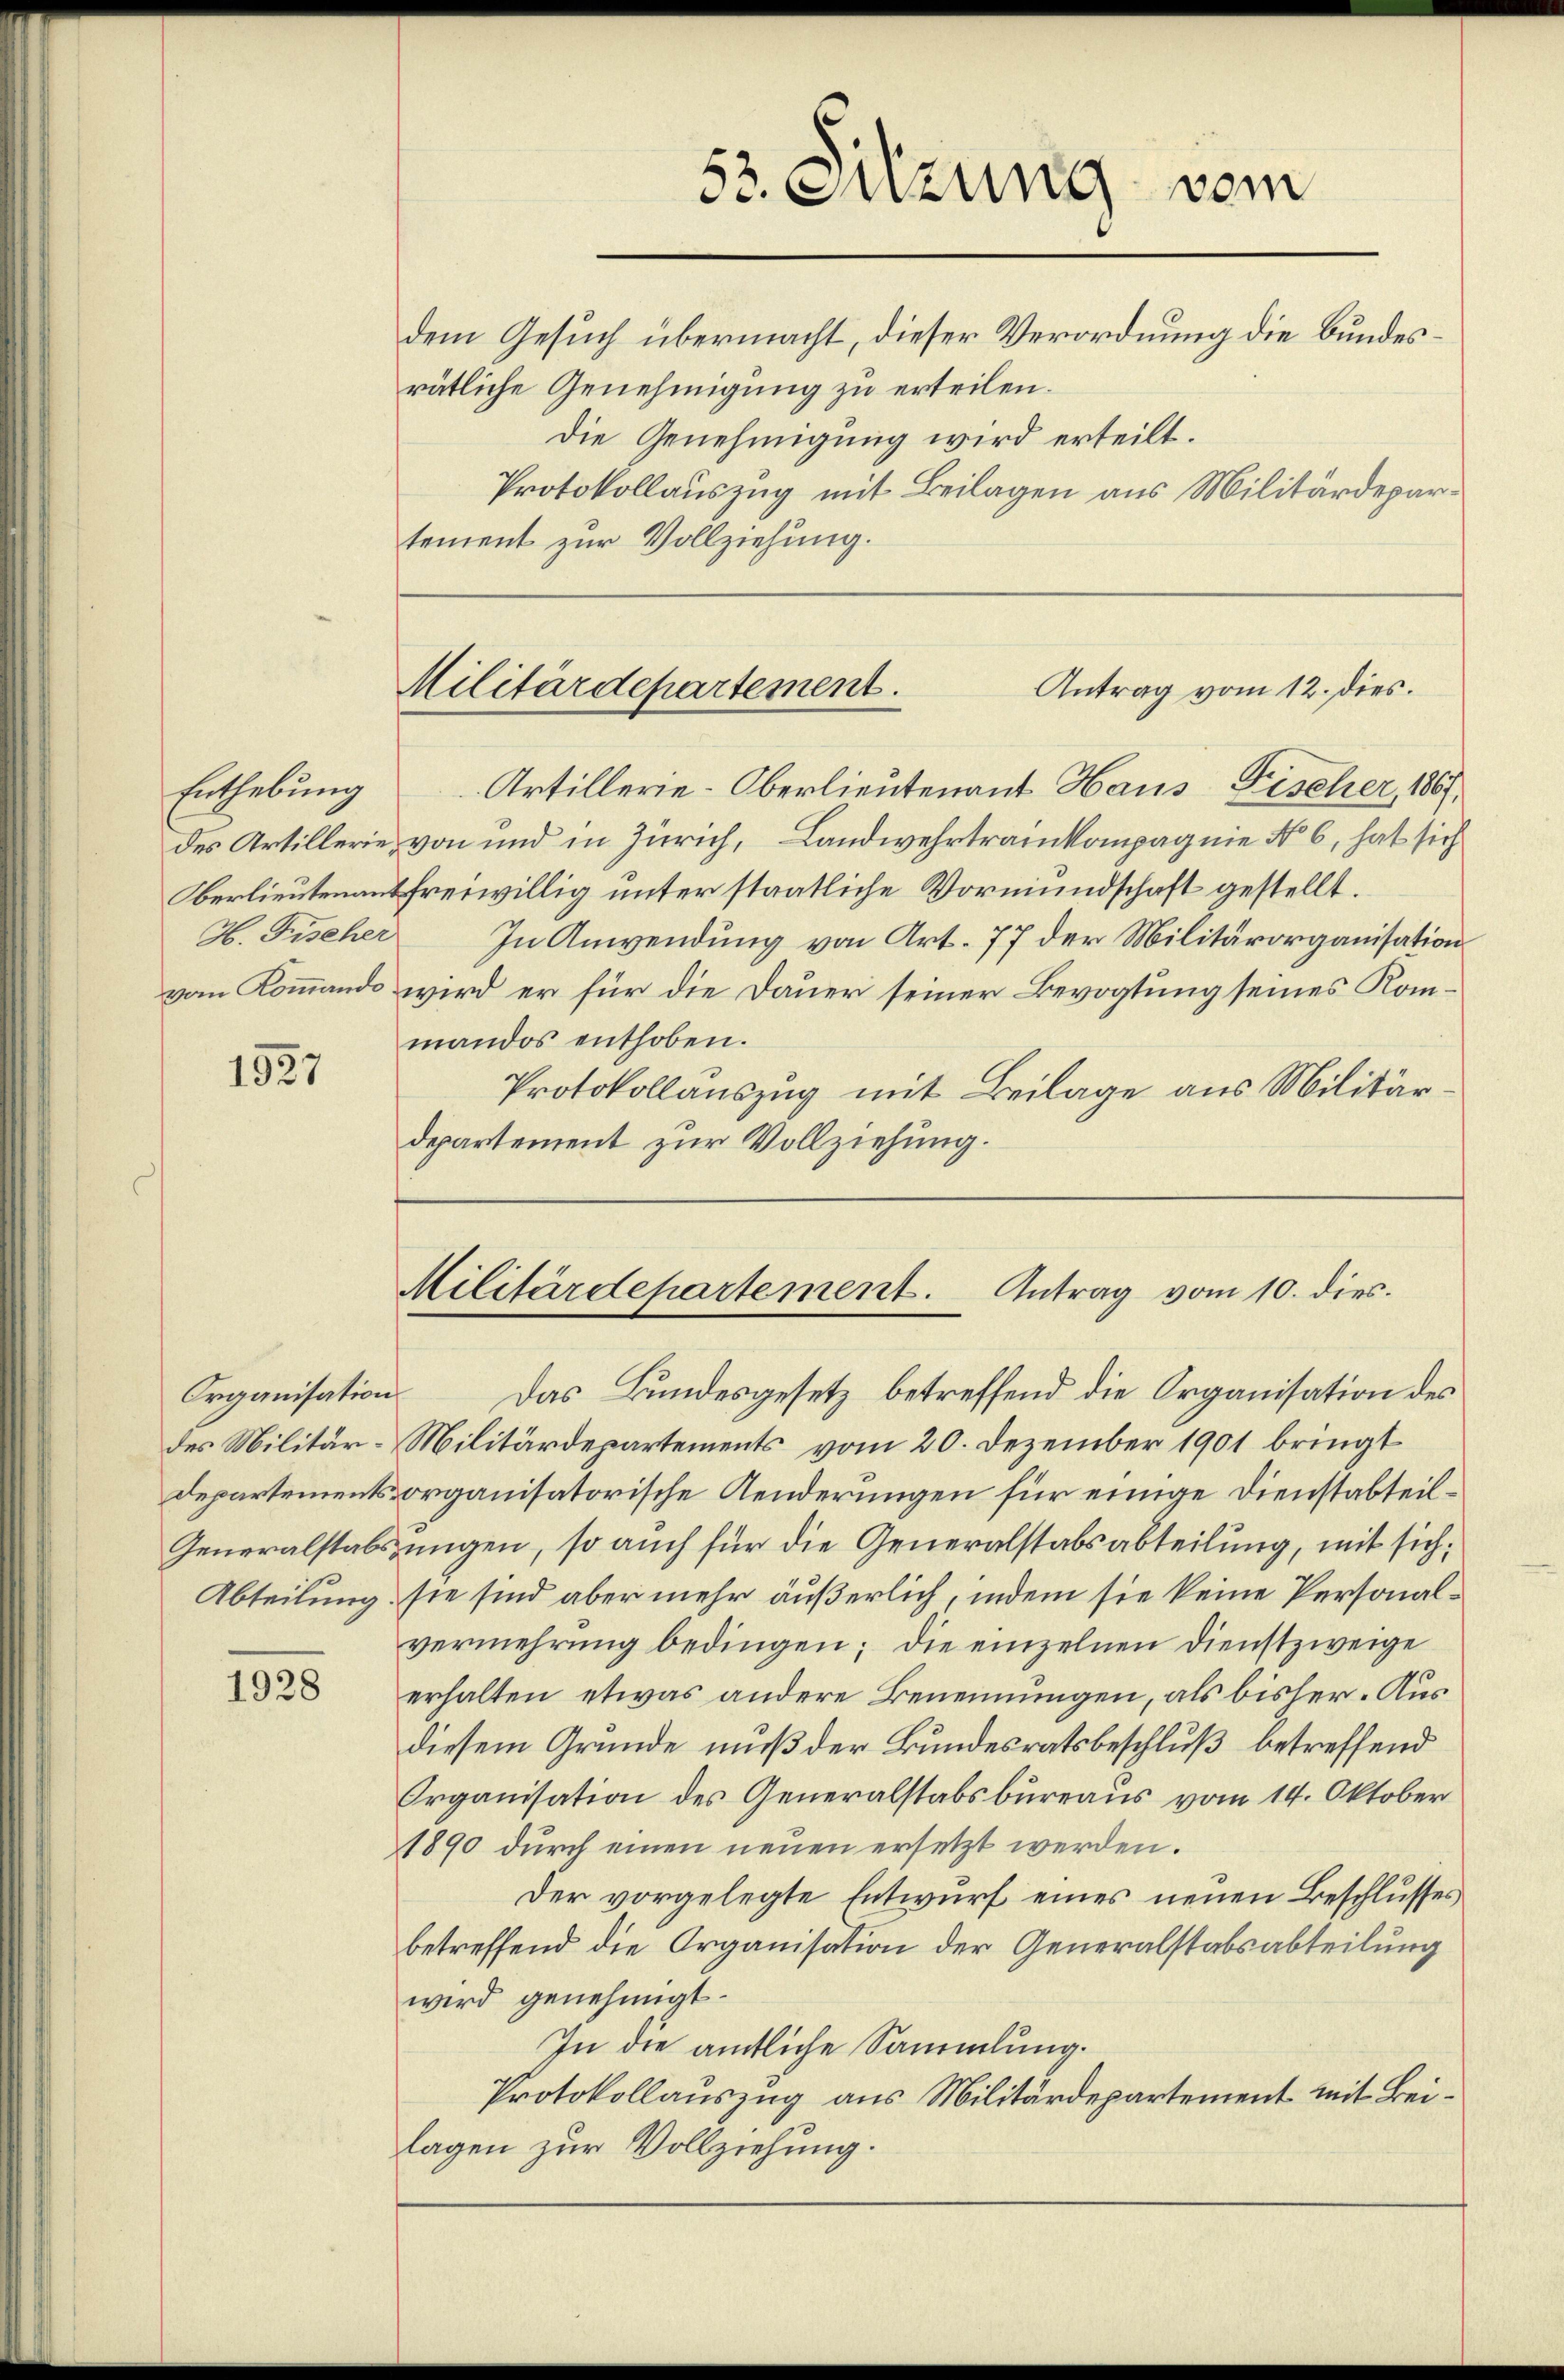
Enthebung

1927

1928

Organisation. Das Bundesgesetz betreffend die Organisation des
des Militär-Militärdepartements vom 20. Dezember 1901 bringt
departements organisatorische Aenderungen für einige Dienstabteil¬
Generalstabszungen, so auch für die Generalstabsabteilung, mit sich,
Abteilung, sie sind aber mehr äußerlich, indem sie keine Personalvermehrung bedingen; die einzelnen Dienstzweige
erhalten etwas andere Benennungen, als bisher. Aus
diesem Grunde muß der Bundesratsbeschluß betreffend
Organisation des Generalstabsbureaus vom 14. Oktober
1890 durch einen neuen ersetzt werden.
Der vorgelegte Entwurf eines neuen Beschlusses
betreffend die Organisation der Generalstabsabteilung
wird genehmigt.
In die amtliche Sammlung.
Protokollauszug aus Militärdepartement mit Beilagen zur Vollziehung.

Artillerie-Oberlieutenant Haus Fischer, 1867.
des Artillerie, von und in Zürich, Landwehrtrainkompagnie No 6, hat sich
Oerlieutenant freiwillig unter staatliche Vormundschaft gestellt.
H. Fischer In Anwendung von Art. 77 der Militärorganisation
vom Kommando wird er für die Dauer seiner Bevogtung seines Kommandos enthoben.
Protokollauszug mit Beilage aus Militärdepartement zur Vollziehung.

53. Suzung vom
dem Gesuch übermacht, dieser Verordnung die Bundesrätliche Genehmigung zu erteilen.
Die Genehmigung wird erteilt.
Protokollauszug mit Beilagen aus Militärdepartement zur Vollziehung.

Antrag vom 12. dies.
Militärdepartement.

Militärdepartement. Antrag vom 10. dies